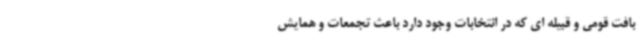
بافت قومی و قبیله ای که در انتخابات وجود دارد باعث تجمعات و همایش